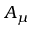
A _ { \mu }